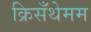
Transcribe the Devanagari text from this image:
क्रिसँथेमम